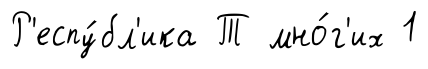
Р'еспу́бл'ика Т мно́г'их 1